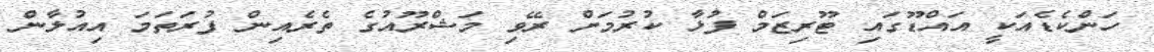
ހަންކެޑެއަކީ އައްޑޫގައި ޓޫރިޒަމް ފުޅާ ކުރުމަށް ރޭވި މަޝްރޫއުގެ ތެރެއިން ފުރަތަމަ އިއުލާން